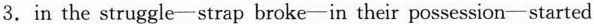
3. in the struggle—strap broke—in their possession—started